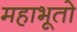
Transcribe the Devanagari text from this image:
महाभूतो